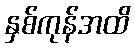
နှစ်ကုန်အထိ